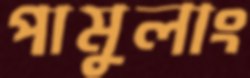
পামুলাং